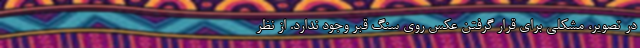
در تصویر، مشکلی برای قرار گرفتن عکس روی سنگ قبر وجود ندارد. از نظر